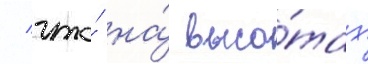
/ что́ на́ высо́тах